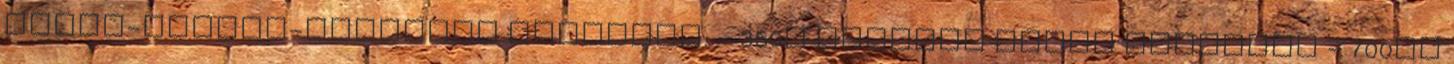
mézes-ecetes-fűszeres gombával. - 350g füstölt húsos szalonna - 700ml